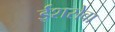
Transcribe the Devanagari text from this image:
ईशसेवा